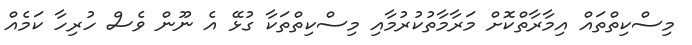
މިސްކިތްތައް އިމާރާތްކޮށް މަރާމާތުކުރުމާއި މިސްކިތްތަކާ ގުޅޭ އެ ނޫން ވެސް ހުރިހާ ކަމެއް